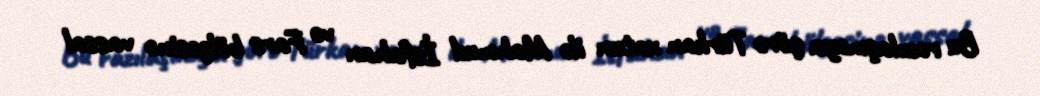
Bu razılaşmaya görə Türkan xatun ilə Mahmud İsfahan və Fars bölgəsinə vassal